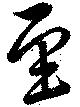
至